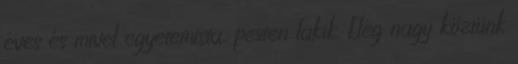
éves és mivel egyetemista, pesten lakik. Elég nagy köztünk